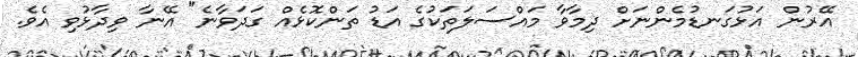
އޭރުން އަޅުގަނޑުމެންނަށް ދިމާވާ މައްސަލަތަކުގެ އަޑު ތަންކޮޅެއް ގަދަވާނެ" އޭނާ ވިދާޅުވި އެވެ.